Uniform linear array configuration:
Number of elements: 64
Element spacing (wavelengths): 0.5
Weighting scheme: hamming
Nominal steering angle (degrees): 30
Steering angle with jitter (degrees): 31.309
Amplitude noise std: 0.05
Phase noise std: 0.05

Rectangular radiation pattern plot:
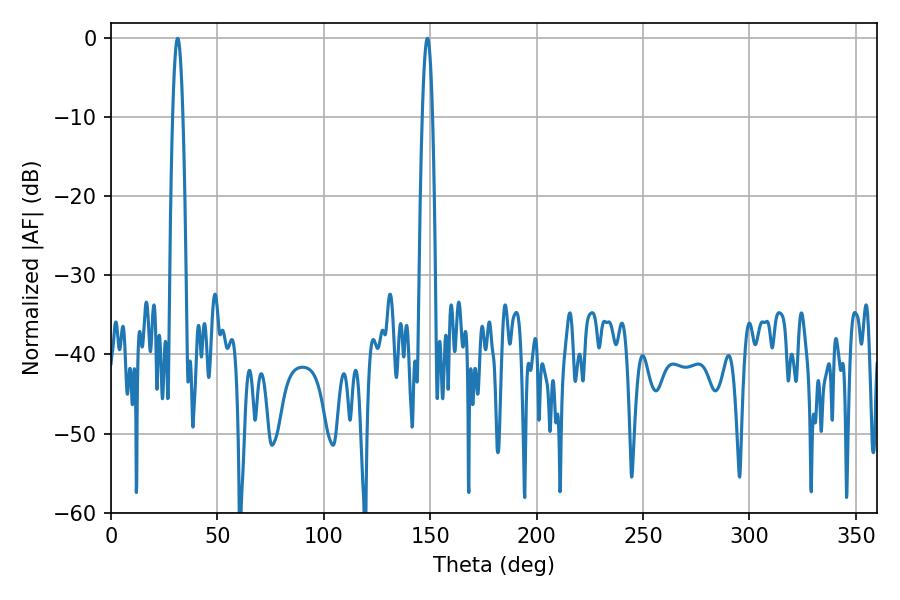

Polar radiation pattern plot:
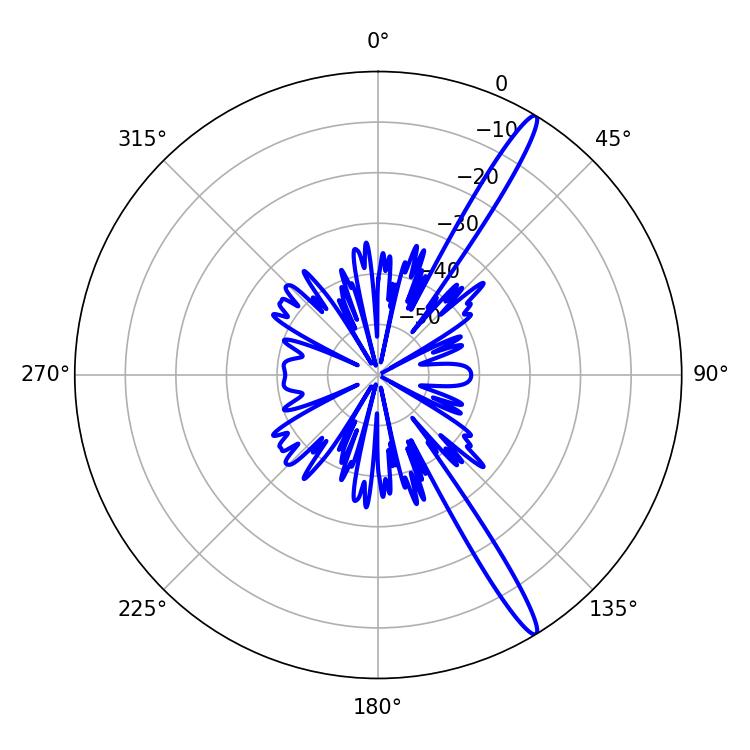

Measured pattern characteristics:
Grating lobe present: FALSE
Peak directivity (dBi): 15.81
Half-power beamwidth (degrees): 2.52
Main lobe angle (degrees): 31.32